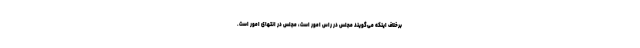
برخلاف اینکه می‌گویند مجلس در راس امور است، مجلس در انتهای امور است.